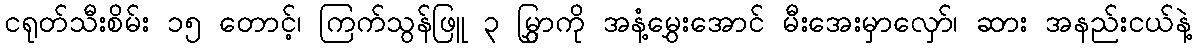
ငရုတ်သီးစိမ်း ၁၅ တောင့်၊ ကြက်သွန်ဖြူ ၃ မြွှာကို အနံ့မွှေးအောင် မီးအေးမှာလှော်၊ ဆား အနည်းငယ်နဲ့